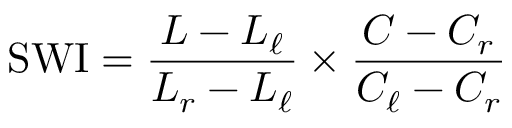
{ \mathrm { S W I } } = { \frac { L - L _ { \ell } } { L _ { r } - L _ { \ell } } } \times { \frac { C - C _ { r } } { C _ { \ell } - C _ { r } } }